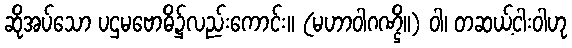
ဆိုအပ်သော ပဌမဗောဓိ၌လည်းကောင်း။ (မဟာဝါဂဏ္ဌိ။) ဝါ၊ တဆယ့်ငါးဝါဟု